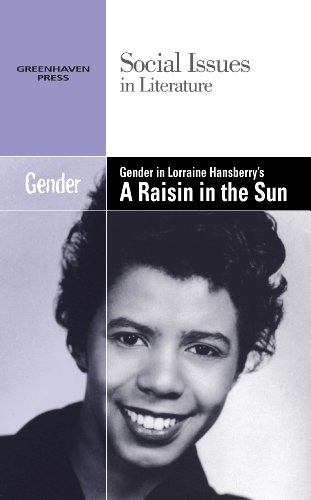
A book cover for Gender in Lorraine Hansberry's a Raisin in the Sun (Social Issues in Literature); Gary Wiener; Teen & Young Adult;